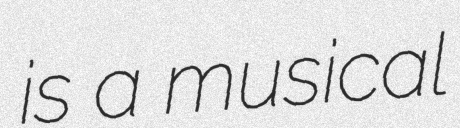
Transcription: is a musical